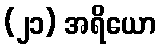
(၂၁) အရိယော